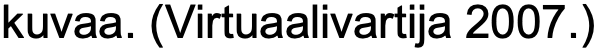
kuvaa. (Virtuaalivartija 2007.)